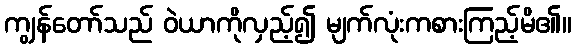
ကျွန်တော်သည် ဝဲယာကိုလှည့်၍ မျက်လုံးကစားကြည့်မိ၏။